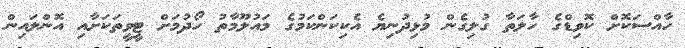
ހާއްސަކޮށް ކޮވިޑްގެ ހާލަތާ ގުލިގެން މުޅިދުނިޔެ އެކިކަންކަމުގެ މައުލޫމާތު ހޯދުމަށް ޓީވީތަކަށާއި އޮންލައިން